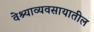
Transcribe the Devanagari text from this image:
वेश्याव्यवसायातील